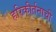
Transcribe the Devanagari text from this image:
हरिकीर्तनाची